Report of the Indian Hemp Drugs Commission, 1894-1895 - Volume I
Year: 1894
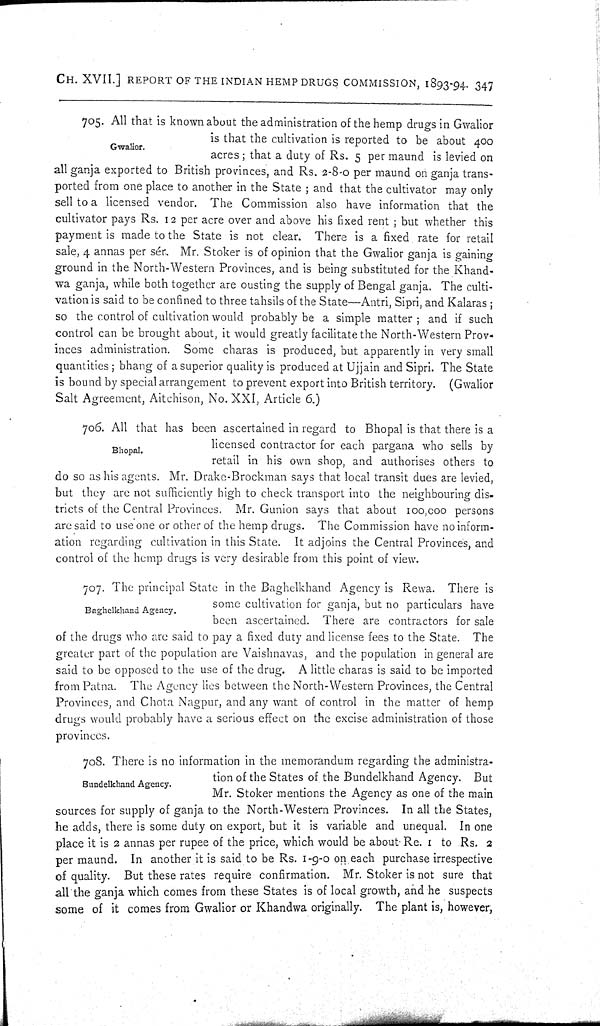
CH. XVII.] REPORT OF THE INDIAN HEMP DRUGS COMMISSION, 1893-94. 347
Gwalior.
705. All that is known about the administration of the hemp drugs in Gwalior
is that the cultivation is reported to be about 400
acres; that a duty of Rs. 5 per maund is levied on
all ganja exported to British provinces, and Rs. 2-8-0 per maund on ganja trans-
ported from one place to another in the State; and that the cultivator may only
sell to a licensed vendor. The Commission also have information that the
cultivator pays Rs. 12 per acre over and above his fixed rent; but whether this
payment is made to the State is not clear. There is a fixed rate for retail
sale, 4 annas per sér. Mr. Stoker is of opinion that the Gwalior ganja is gaining
ground in the North-Western Provinces, and is being substituted for the Khand-
wa ganja, while both together are ousting the supply of Bengal ganja. The culti-
vation is said to be confined to three tahsils of the State—Antri, Sipri, and Kalaras;
so the control of cultivation would probably be a simple matter; and if such
control can be brought about, it would greatly facilitate the North-Western Prov-
inces administration. Some charas is produced, but apparently in very small
quantities; bhang of a superior quality is produced at Ujjain and Sipri. The State
is bound by special arrangement to prevent export into British territory. (Gwalior
Salt Agreement, Aitchison, No. XXI, Article 6.)
Bhopal.
706. All that has been ascertained in regard to Bhopal is that there is a
licensed contractor for each pargana who sells by
retail in his own shop, and authorises others to
do so as his agents. Mr. Drake-Brockman says that local transit dues are levied,
but they are not sufficiently high to check transport into the neighbouring dis-
tricts of the Central Provinces. Mr. Gunion says that about 100,000 persons
are said to use one or other of the hemp drugs. The Commission have no inform-
ation regarding cultivation in this State. It adjoins the Central Provinces, and
control of the hemp drugs is very desirable from this point of view.
Baghelkhand Agency.
707. The principal State in the Baghelkhand Agency is Rewa. There is
some cultivation for ganja, but no particulars have
been ascertained. There are contractors for sale
of the drugs who are said to pay a fixed duty and license fees to the State. The
greater part of the population are Vaishnavas, and the population in general are
said to be opposed to the use of the drug. A little charas is said to be imported
from Patna. The Agency lies between the North-Western Provinces, the Central
Provinces, and Chota Nagpur, and any want of control in the matter of hemp
drugs would probably have a serious effect on the excise administration of those
provinces.
Bundelkhand Agency.
708. There is no information in the memorandum regarding the administra-
tion of the States of the Bundelkhand Agency. But
Mr. Stoker mentions the Agency as one of the main
sources for supply of ganja to the North-Western Provinces. In all the States,
he adds, there is some duty on export, but it is variable and unequal. In one
place it is 2 annas per rupee of the price, which would be about Re. 1 to Rs. 2
per maund. In another it is said to be Rs. 1-9-0 on each purchase irrespective
of quality. But these rates require confirmation. Mr. Stoker is not sure that
all the ganja which comes from these States is of local growth, and he suspects
some of it comes from Gwalior or Khandwa originally. The plant is, however,